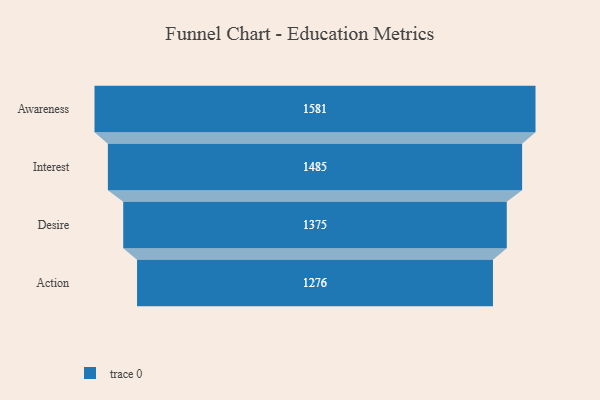
{"axis": {"x": "Stage", "y": "Value"}, "legend": [""], "data": [{"x": "Awareness", "y": 1581.0, "type": ""}, {"x": "Interest", "y": 1485.0, "type": ""}, {"x": "Desire", "y": 1375.0, "type": ""}, {"x": "Action", "y": 1276.0, "type": ""}]}